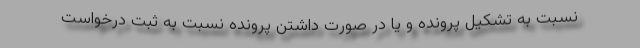
نسبت به تشکیل پرونده و یا در صورت داشتن پرونده نسبت به ثبت درخواست